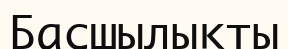
Басшылықты